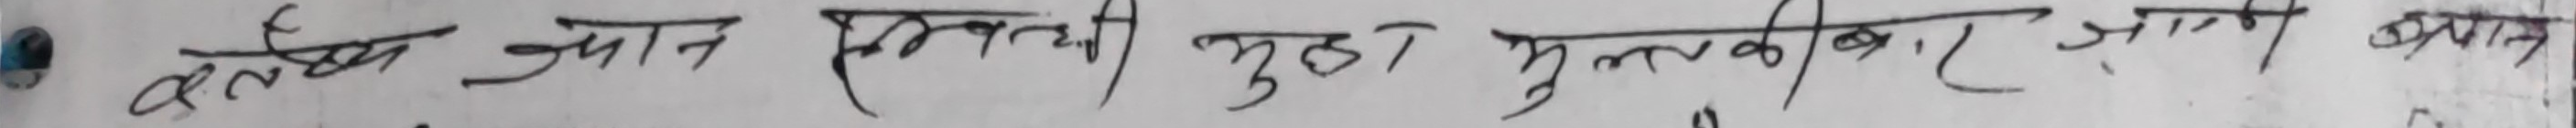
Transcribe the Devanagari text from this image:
कौए ज्ञान संग्रहची मुख्य पुस्तकालये आज खुल्ला